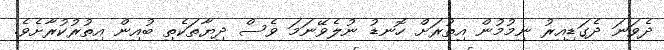
ދެވަނަ ދެގަޑިއިރު ނިމުމުން އިތުރަށް ހޮނޑު ނުލެވޭނަމަ ވެސް ދިޔާތަކެތި ބުއިން އިތުރުކުރާށެވެ.